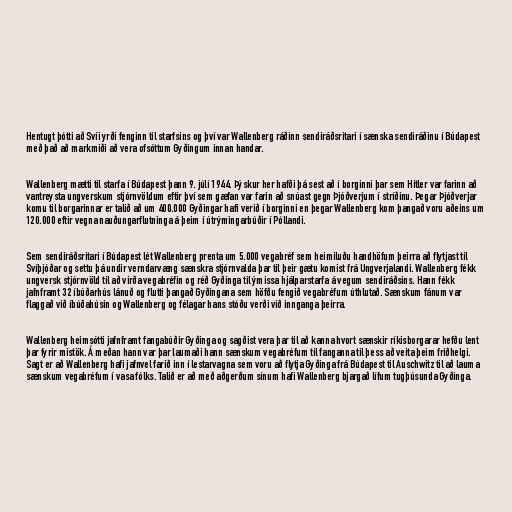
Hentugt þótti að Svíi yrði fenginn til starfsins og því var Wallenberg ráðinn sendiráðsritari í sænska sendiráðinu í Búdapest
með það að markmiði að vera ofsóttum Gyðingum innan handar.

Wallenberg mætti til starfa í Búdapest þann 9. júlí 1944. Þýskur her hafði þá sest að í borginni þar sem Hitler var farinn að
vantreysta ungverskum stjórnvöldum eftir því sem gæfan var farin að snúast gegn Þjóðverjum í stríðinu. Þegar Þjóðverjar
komu til borgarinnar er talið að um 400.000 Gyðingar hafi verið í borginni en þegar Wallenberg kom þangað voru aðeins um
120.000 eftir vegna nauðungarflutninga á þeim í útrýmingarbúðir í Póllandi.

Sem sendiráðsritari í Búdapest lét Wallenberg prenta um 5.000 vegabréf sem heimiluðu handhöfum þeirra að flytjast til
Svíþjóðar og settu þá undir verndarvæng sænskra stjórnvalda þar til þeir gætu komist frá Ungverjalandi. Wallenberg fékk
ungversk stjórnvöld til að virða vegabréfin og réð Gyðinga til ýmissa hjálparstarfa á vegum sendiráðsins. Hann fékk
jafnframt 32 íbúðarhús lánuð og flutti þangað Gyðingana sem höfðu fengið vegabréfum úthlutað. Sænskum fánum var
flaggað við íbúðahúsin og Wallenberg og félagar hans stóðu verði við innganga þeirra.

Wallenberg heimsótti jafnframt fangabúðir Gyðinga og sagðist vera þar til að kanna hvort sænskir ríkisborgarar hefðu lent
þar fyrir mistök. Á meðan hann var þar laumaði hann sænskum vegabréfum til fanganna til þess að veita þeim friðhelgi.
Sagt er að Wallenberg hafi jafnvel farið inn í lestarvagna sem voru að flytja Gyðinga frá Búdapest til Auschwitz til að lauma
sænskum vegabréfum í vasa fólks. Talið er að með aðgerðum sínum hafi Wallenberg bjargað lífum tugþúsunda Gyðinga.